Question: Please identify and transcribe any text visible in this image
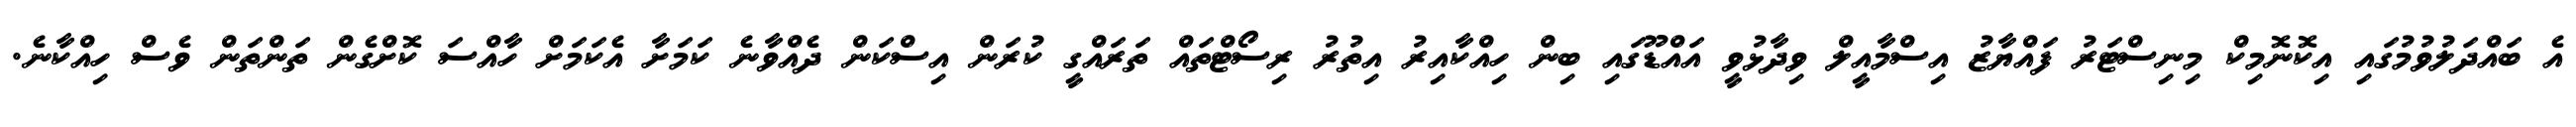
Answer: އެ ބައްދަލުވުމުގައި އިކޮނޮމިކް މިނިސްޓަރު ފައްޔާޒު އިސްމާއީލް ވިދާޅުވީ އައްޑޫގައި ބިން ހިއްކާއިރު އިތުރު ރިސޯޓްތައް ތަރައްގީ ކުރަން އިސްކަން ދެއްވާނެ ކަމަށާ އެކަމަށް ހާއްސަ ކޮށްގެން ތަންތަން ވެސް ހިއްކާނެ.